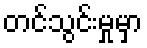
တင်သွင်းမှုမှာ